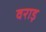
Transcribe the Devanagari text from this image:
वराड़